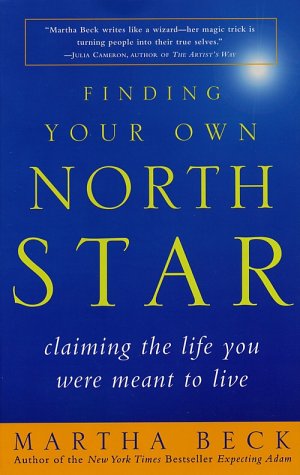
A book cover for Finding Your Own North Star: Claiming the Life You Were Meant to Live; Martha Beck; Business & Money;